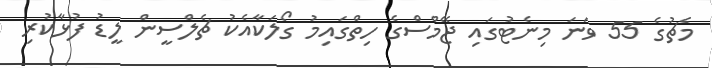
މެޗުގެ 55 ވަނަ މިނެޓުގައި ޖޭމްސްގެ ހިތްގައިމު ގޯލަކާއެކު ޗެލްސީން ލީޑު ފުޅާކުރި